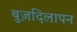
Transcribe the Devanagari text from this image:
बुज़दिलापन